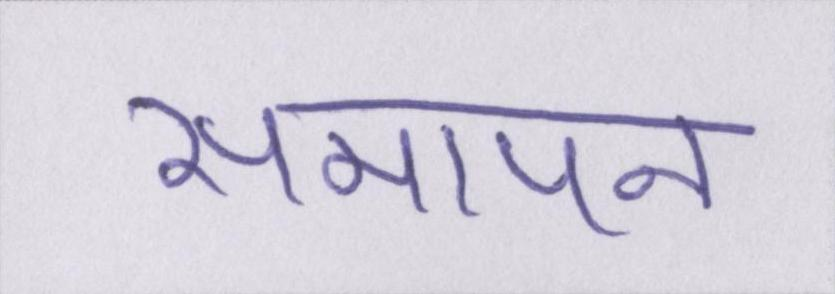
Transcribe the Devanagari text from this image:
समापन